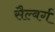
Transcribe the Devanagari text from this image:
सैल्बर्ग